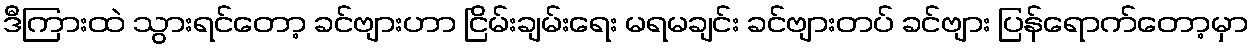
ဒီကြားထဲ သွားရင်တော့ ခင်ဗျားဟာ ငြိမ်းချမ်းရေး မရမချင်း ခင်ဗျားတပ် ခင်ဗျား ပြန်ရောက်တော့မှာ